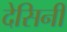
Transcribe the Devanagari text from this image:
देसिनी